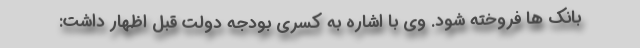
بانک ها فروخته شود. وی با اشاره به کسری بودجه دولت قبل اظهار داشت: